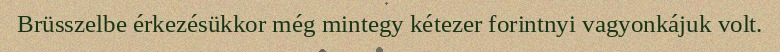
Brüsszelbe érkezésükkor még mintegy kétezer forintnyi vagyonkájuk volt.